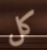
كل